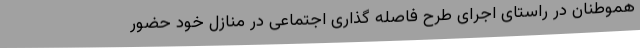
هموطنان در راستای اجرای طرح فاصله گذاری اجتماعی در منازل خود حضور